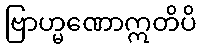
ဗြာဟ္မဏောဣတိပိ